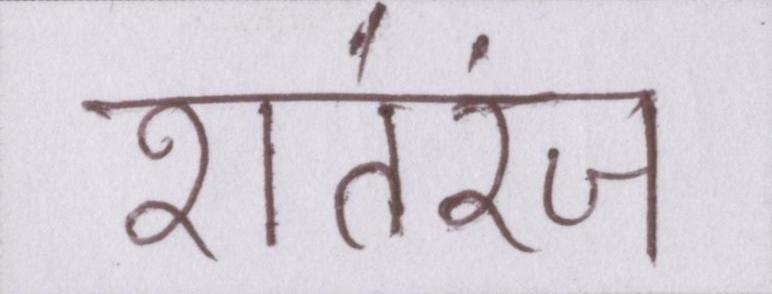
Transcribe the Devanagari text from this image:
शतरंज